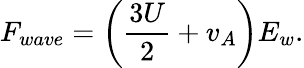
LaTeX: F_{wave}=\left(\frac{3U}{2}+v_{A}\right)E_{w}.